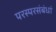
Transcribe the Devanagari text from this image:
परस्परसंबंधां